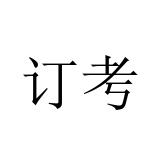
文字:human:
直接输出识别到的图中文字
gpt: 订考